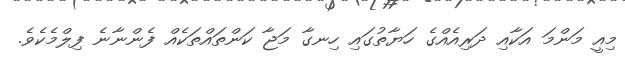
މިއީ މަންމަ އަކާއި ދަރިއެއްގެ ހަޔާތުގައި ހިނގާ މަޖާ ކަންތައްތަކެއް ފެންނާނެ ފިލްމެކެވެ.